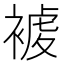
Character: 𧛓